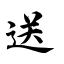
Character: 送